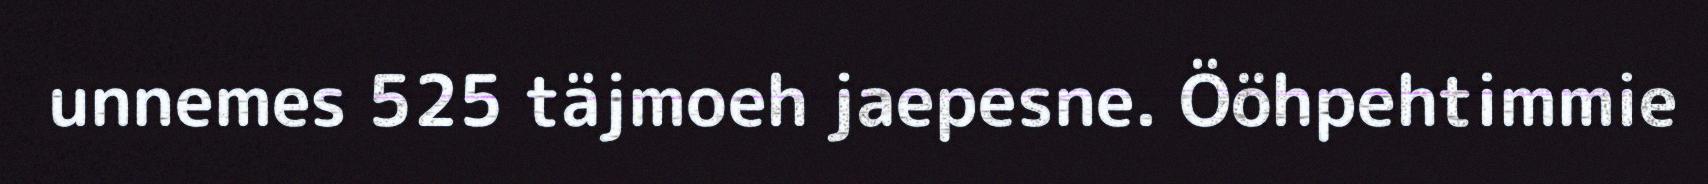
unnemes 525 täjmoeh jaepesne. Ööhpehtimmie